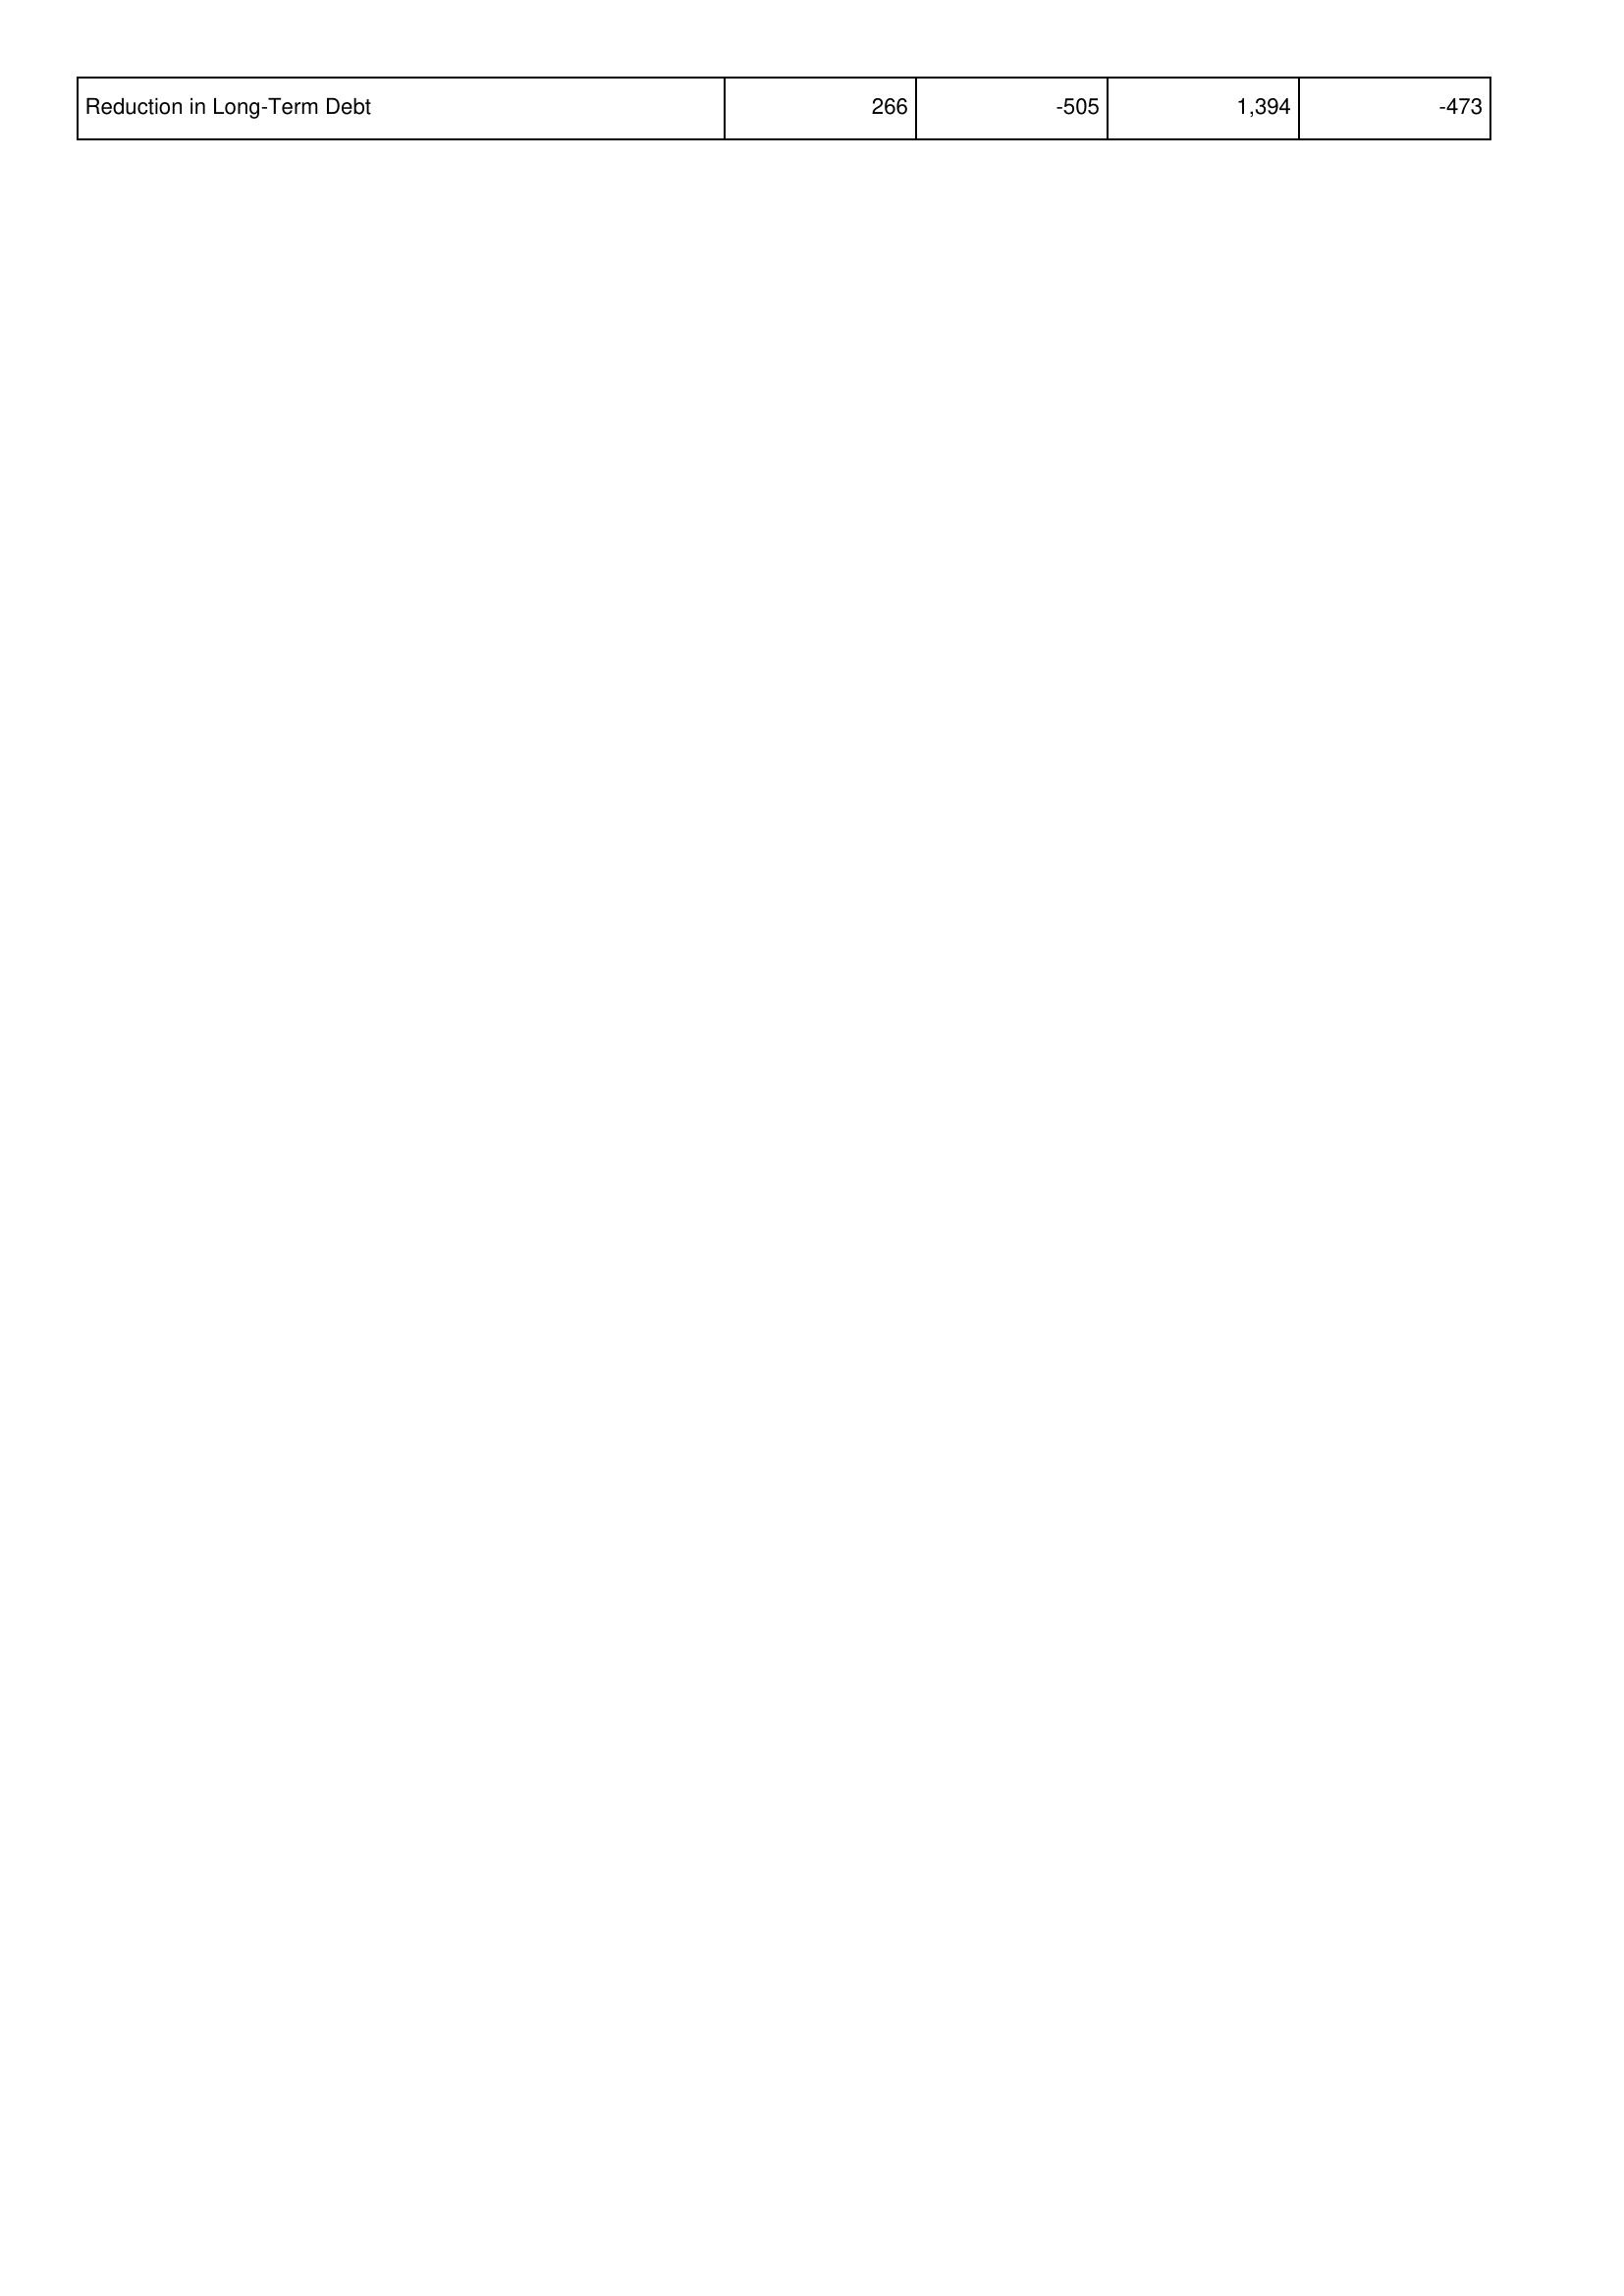
2009: Financing Activities: Reduction in Long-Term Debt: 266
2008: Financing Activities: Reduction in Long-Term Debt: -505
2007: Financing Activities: Reduction in Long-Term Debt: 1,394
2006: Financing Activities: Reduction in Long-Term Debt: -473